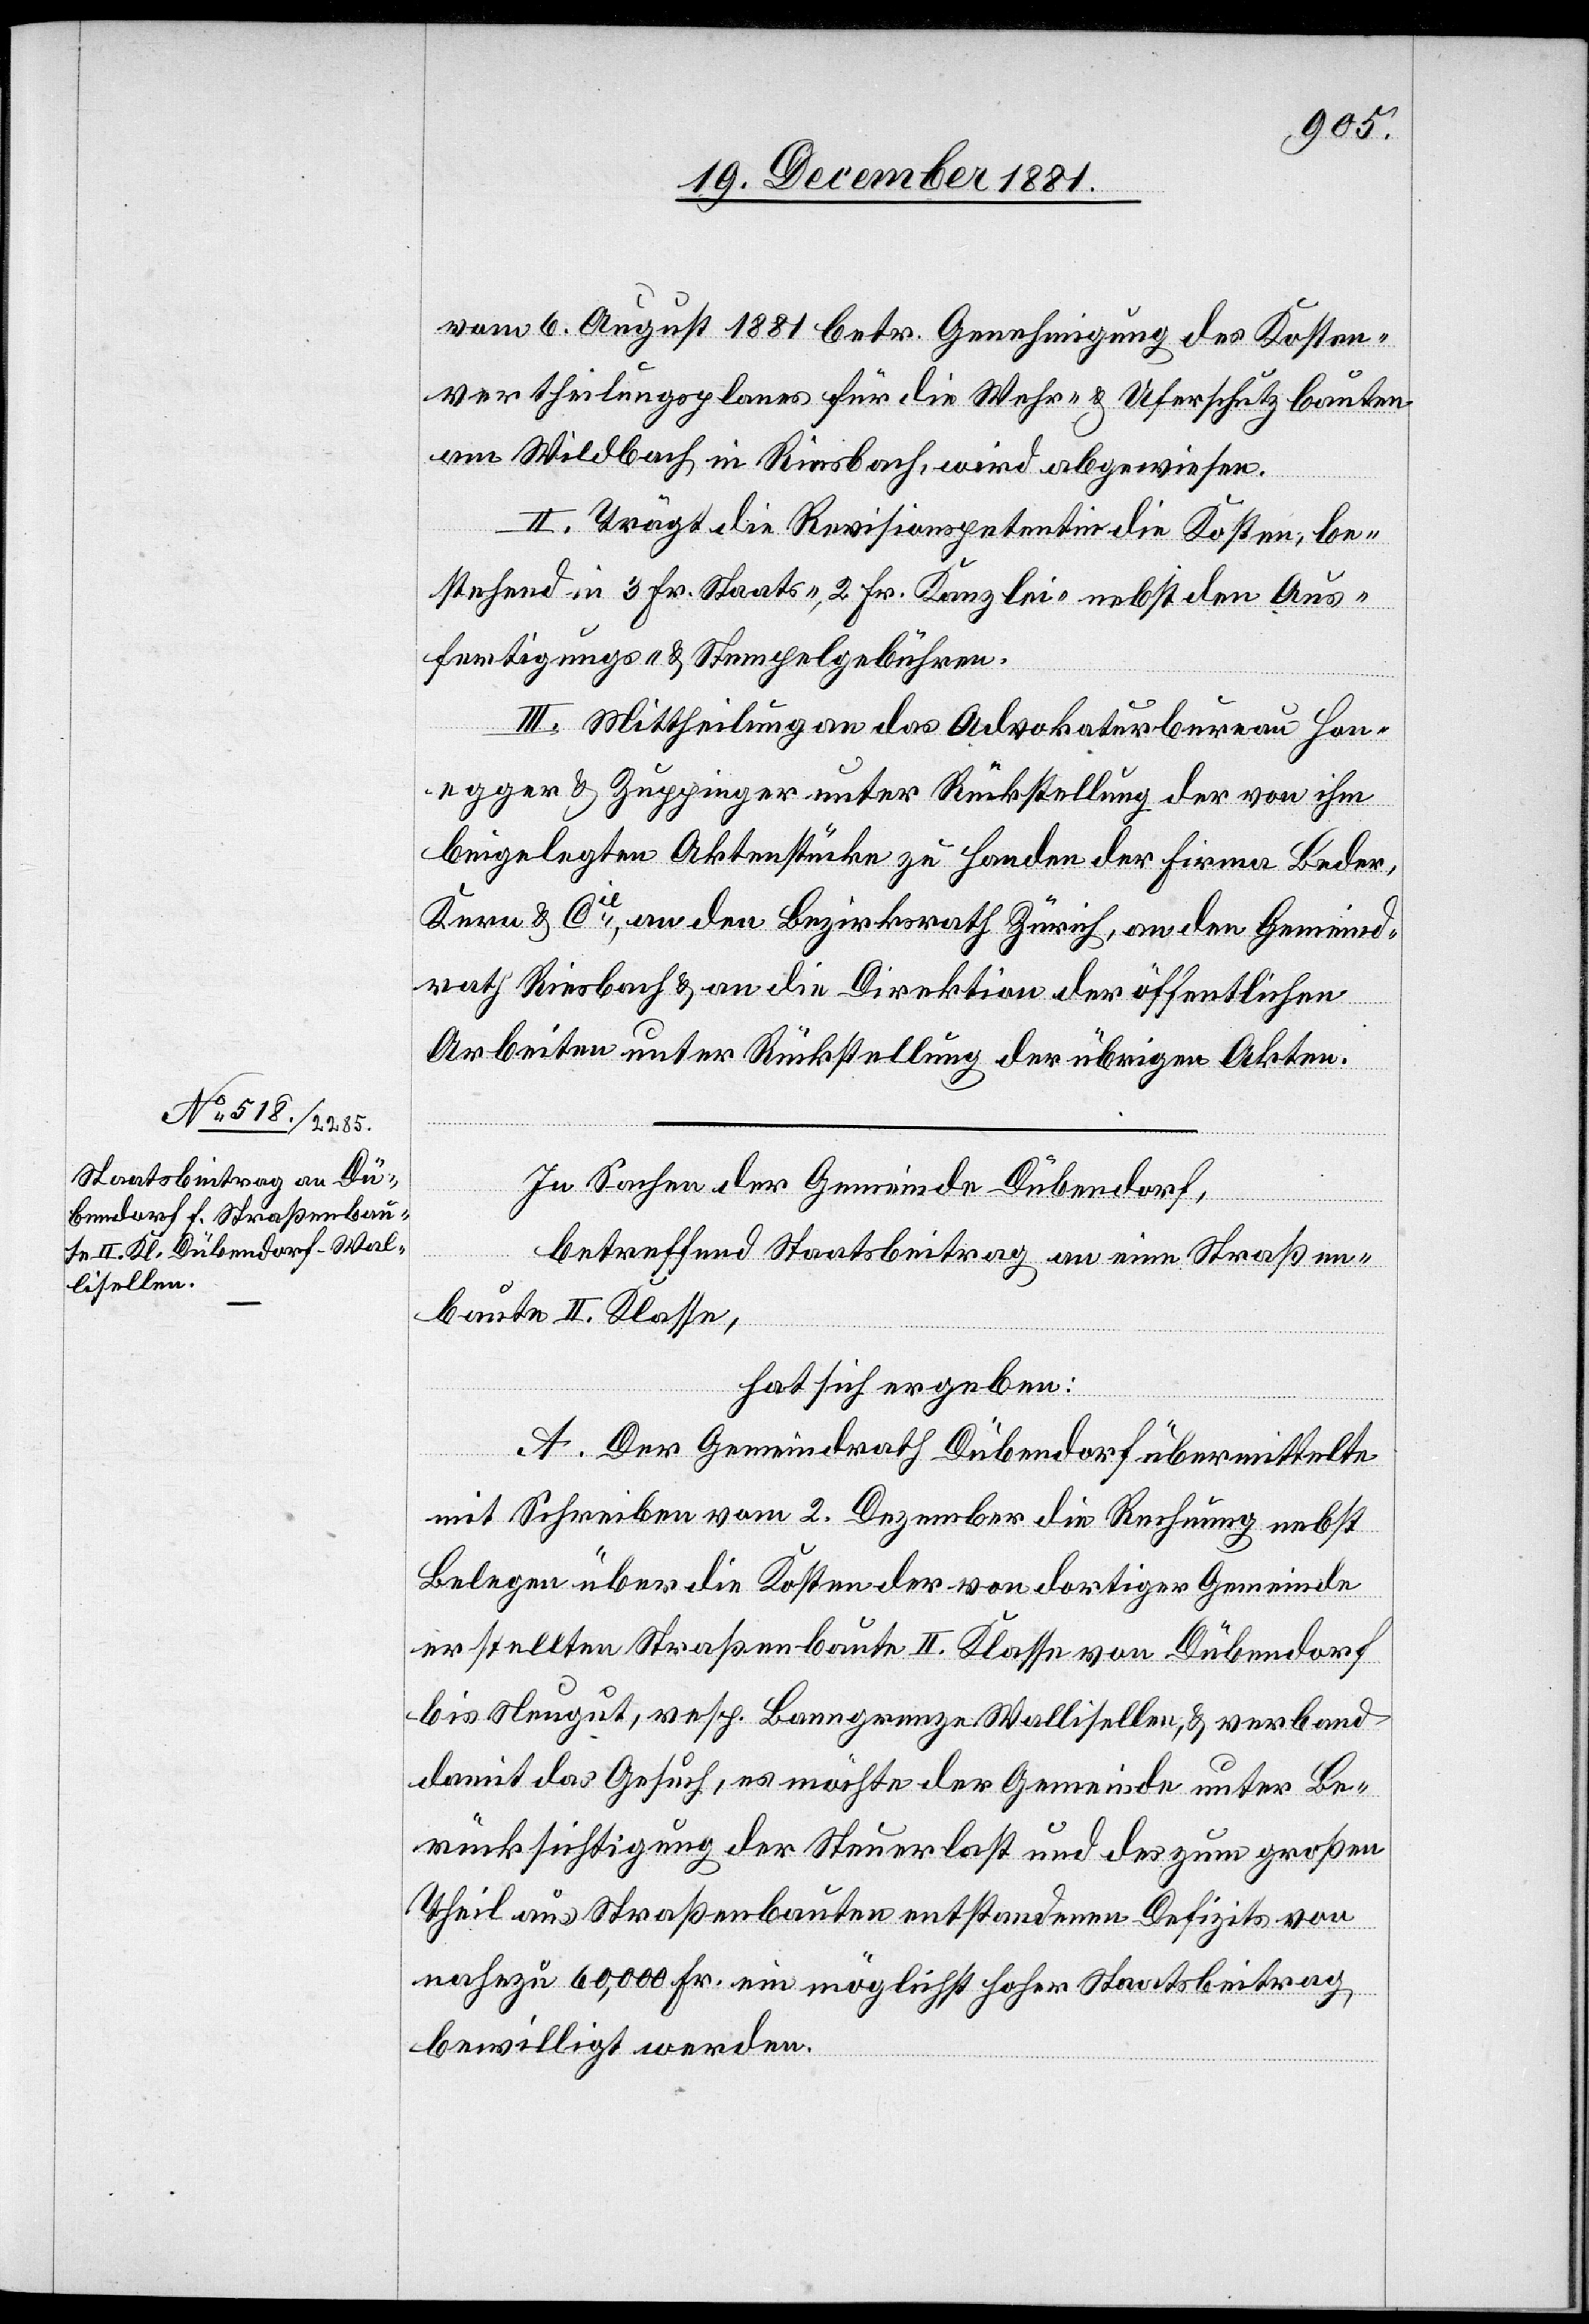
vom 6. August 1881 betr. Genehmigung des Kosten¬
vertheilungsplanes für die Wehr- & Uferschutzbauten
am Wildbach in Riesbach, wird abgewiesen.
II. Trägt die Revisionspetentin die Kosten, be¬
stehend in 3 Fr. Staats-, 2 Fr. Kanzlei- nebst den Aus¬
fertigungs- & Stempelgebühren.
III. Mittheilung an das Advokaturbureau Hon¬
egger & Zuppinger unter Rückstellung der von ihm
beigelegten Aktenstücke zu Handen der Firma Beder,
Kern & Cie, an den Bezirksrath Zürich, an den Gemeind¬
rath Riesbach & an die Direktion der öffentlichen
Arbeiten unter Rückstellung der übrigen Akten.
In Sachen der Gemeinde Dübendorf,
betreffend Staatsbeitrag an eine Straßen¬
baute II. Klasse,
hat sich ergeben:
A. Der Gemeindrath Dübendorf übermittelte
mit Schreiben vom 2. Dezember die Rechnung nebst
Belegen über die Kosten der von dortiger Gemeinde
erstellten Straßenbaute II. Klasse von Dübendorf
bis Neugut, resp. Banngrenze Wallisellen, & verband
damit das Gesuch, es möchte der Gemeinde unter Be¬
rücksichtigung der Steuerlast und des zum großen
Theil aus Straßenbauten entstandenen Defizits von
nahezu 60,000 Fr. ein möglichst hoher Staatsbeitrag
bewilligt werden.